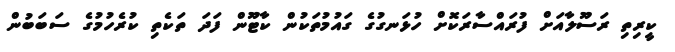
ކީރިތި ރަސޫލާއަށް ފުރައްސާރަކޮށް ހުޅަނގުގެ ގައުމުތަކުން ކާޓޫން ފަދަ ތަކެތި ކުރެހުމުގެ ސަބަބުން